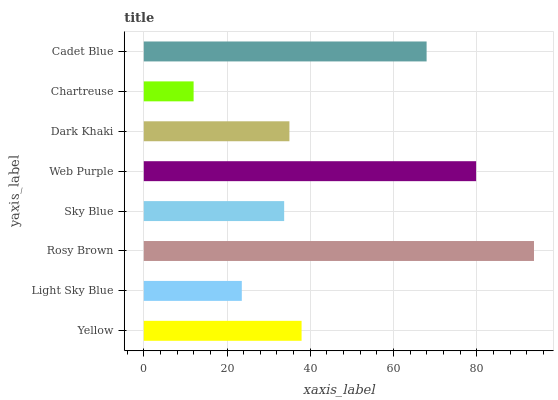
| yaxis_label | bars |
 | --- | --- |
 | Yellow | 37.9 |
 | Light Sky Blue | 23.6 |
 | Rosy Brown | 93.8 |
 | Sky Blue | 33.7 |
 | Web Purple | 79.9 |
 | Dark Khaki | 35 |
 | Chartreuse | 12 |
 | Cadet Blue | 68 |